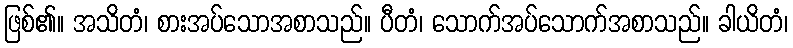
ဖြစ်၏။ အသိတံ၊ စားအပ်သောအစာသည်။ ပီတံ၊ သောက်အပ်သောက်အစာသည်။ ခါယိတံ၊